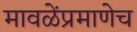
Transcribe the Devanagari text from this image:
मावळेंप्रमाणेच